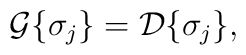
{\cal G} \{ \sigma _j\}={\cal D} \{ \sigma _j\},